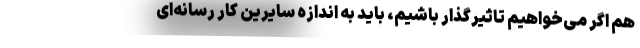
هم اگر می‌خواهیم تاثیرگذار باشیم، باید به اندازه سایرین کار رسانه‌ای